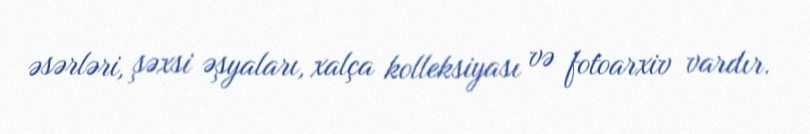
əsərləri, şəxsi əşyaları, xalça kolleksiyası və fotoarxiv vardır.